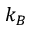
k _ { B }